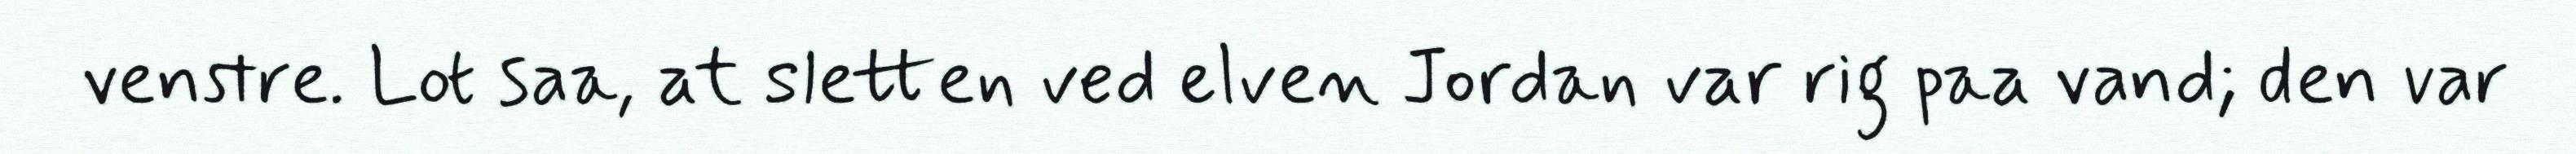
venstre. Lot saa, at sletten ved elven Jordan var rig paa vand; den var